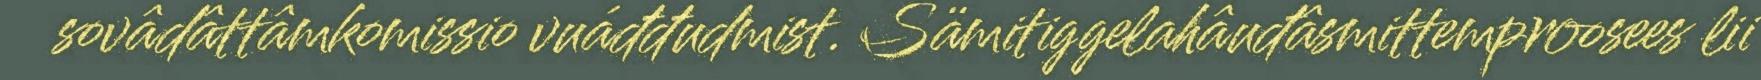
sovâdâttâmkomissio vuáđđudmist. Sämitiggelahâuđâsmittemproosees lii